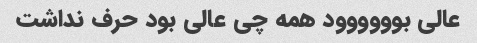
عالی بوووووود همه چی عالی بود حرف نداشت